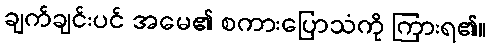
ချက်ချင်းပင် အမေ၏ စကားပြောသံကို ကြားရ၏။